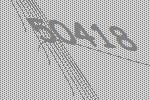
50418